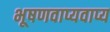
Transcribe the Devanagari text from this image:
भूषणवाप्यवाप्य